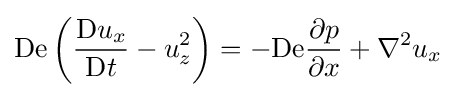
\mathrm {De} \left({\frac {\mathrm {D} u_{x}}{\mathrm {D} t}}-u_{z}^{2}\right)=-\mathrm {De} {\frac {\partial p}{\partial x}}+\nabla ^{2}u_{x}